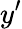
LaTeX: y^{\prime}